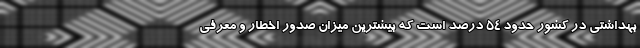
بهداشتی در کشور حدود ۵۴ درصد است که بیشترین میزان صدور اخطار و معرفی